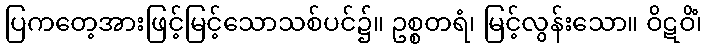
ပြကတေ့အားဖြင့်မြင့်သောသစ်ပင်၌။ ဥစ္စတရံ၊ မြင့်လွန်းသော။ ဝိဋဝိံ၊